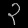
Digit: ၃